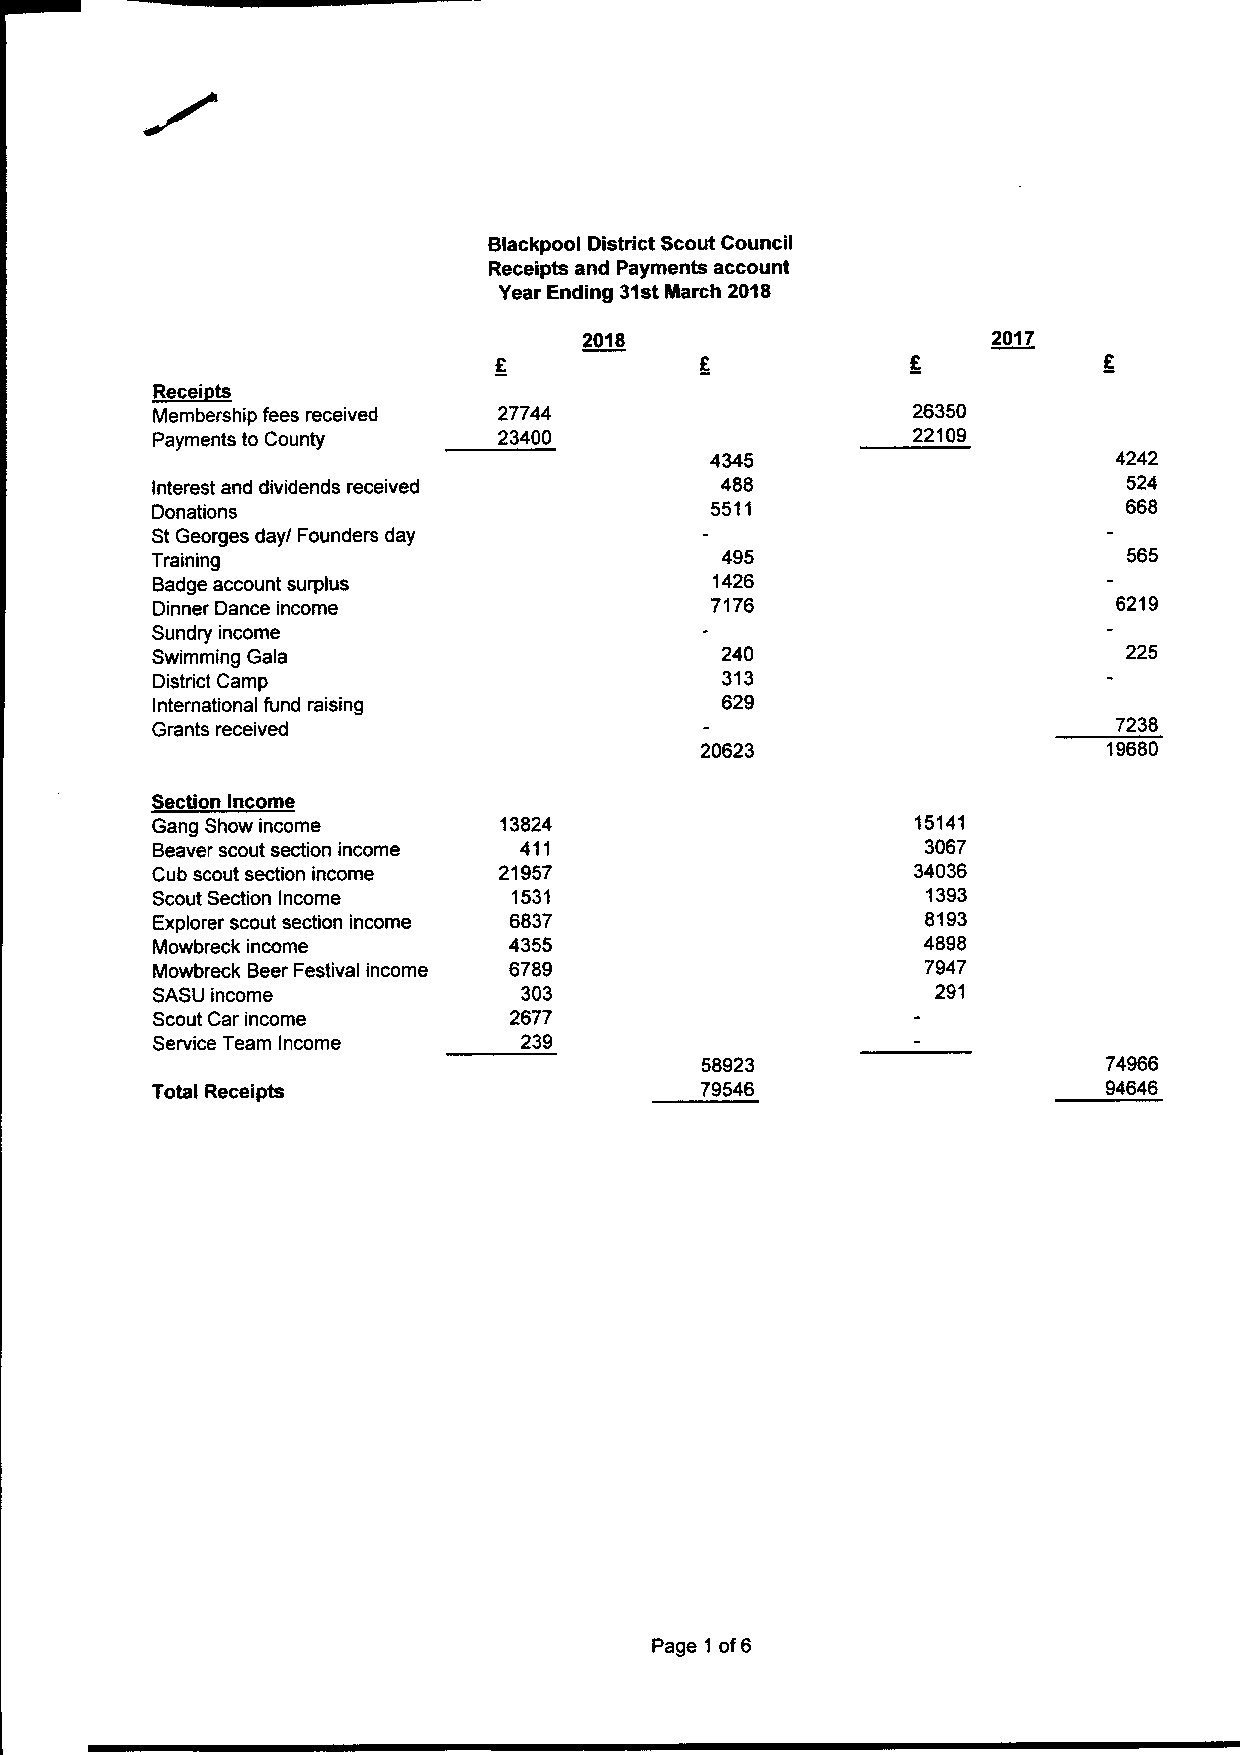
Blackpool District Scout Council
 Receipts and Payments account
 Year Ending 31st March 2018
 2018                       2017
 Receipts
 Membership fees received 27744                    26350
 Payments to County    23400                       22109
 4345                       4242
 Interest and dividends received       488                        524
 Donations                            5511                        668
 St Georges day/ Founders day
 Training                              495                        565
 Badge account surplus                 1426
 Dinner Dance income                  7176                       6219
 Sundry income
 Swimming Gala                         240                        225
 District Camp                         313
 International fund raising            629
 Grants received                                                 7238
 20623                      19680
 Section Income
 Gang Show income       13824                       15141
 Beaver scout section income 411                    3067
 Cub scout section income 21957                     34036
 Scout Section Income    1531                        1393
 Explorer scout section income 6837                 8193
 Mowbreck income         4355                       4898
 Mowbreck Beer Festival income 6789                 7947
 SASU income              303                        291
 Scout Car income        2677
 Service Team Income      239
 58923                     74966
 Total Receipts                       79546                     94646
 Page 1 of 6